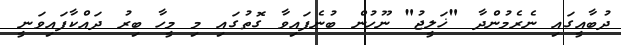
ދުބާއީގައި ނެރެމުންދާ "ޚަލީޖު" ނޫހުން ބުނެފައިވާ ގޮތުގައި މި މީހާ ބިރު ދައްކާފައިވަނީ